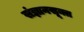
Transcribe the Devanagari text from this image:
संज्ञानसूक्त